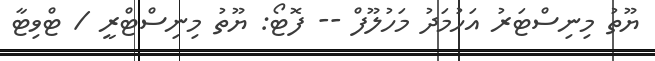
ޔޫތު މިނިސްޓަރު އަހުމަދު މަހުލޫފް -- ފޮޓޯ: ޔޫތު މިނިސްޓްރީ / ޓްވިޓާ